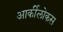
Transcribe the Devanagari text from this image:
आर्कीलोकस